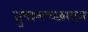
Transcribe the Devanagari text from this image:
तुषाराच्छादन